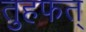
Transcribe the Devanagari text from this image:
तुहफत्